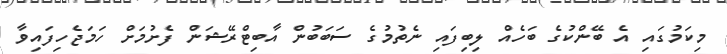
މިކަމުގައި އެ ބޭންކުގެ ބަހެއް ލިބިފައި ނެތުމުގެ ސަބަބުން އާބިޓްރޭޝަން ފެށުމަށް ހަމަޖެހިފައިވާ